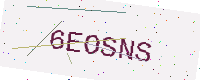
Text: 6EOSNS